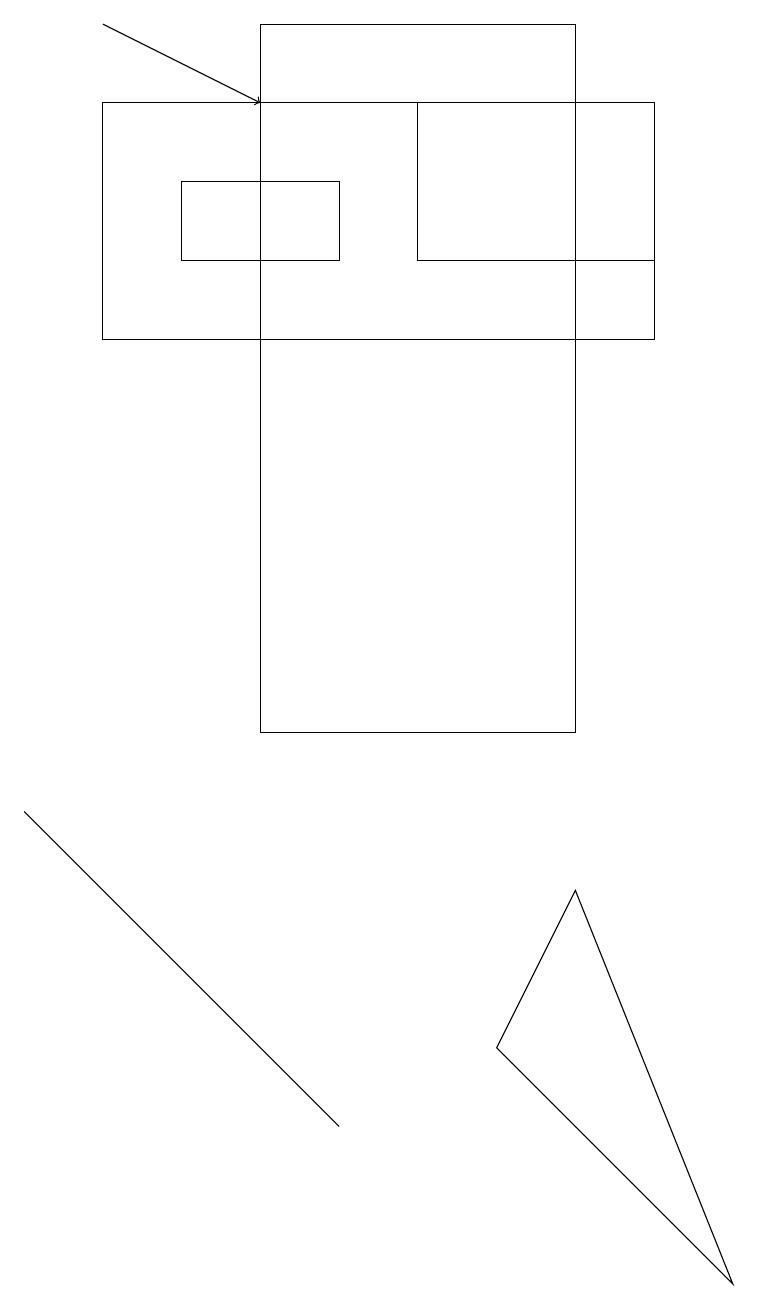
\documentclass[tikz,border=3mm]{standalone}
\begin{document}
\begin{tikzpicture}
\draw (8,18) rectangle (1,15);
\draw (6,6) -- (7,8) -- (9,3) -- cycle;
\draw (8,16) rectangle (5,18);
\draw[->] (1,19) -- (3,18);
\draw (0,9) -- (4,5) -- (4,5) -- cycle;
\draw (3,19) rectangle (7,10);
\draw (4,17) rectangle (2,16);
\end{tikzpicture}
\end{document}